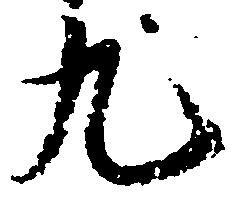
九